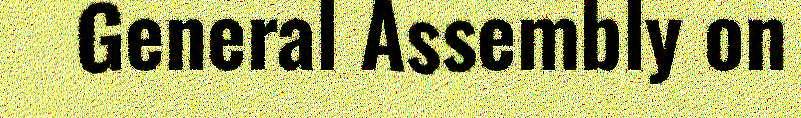
General Assembly on